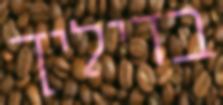
בדיליך